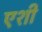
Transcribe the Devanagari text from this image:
एशी